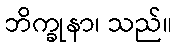
ဘိက္ခုနာ၊ သည်။